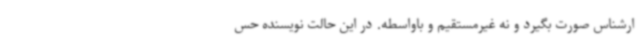
ارشناس صورت بگیرد و نه غیرمستقیم و باواسطه‌. در این حالت نویسنده حس